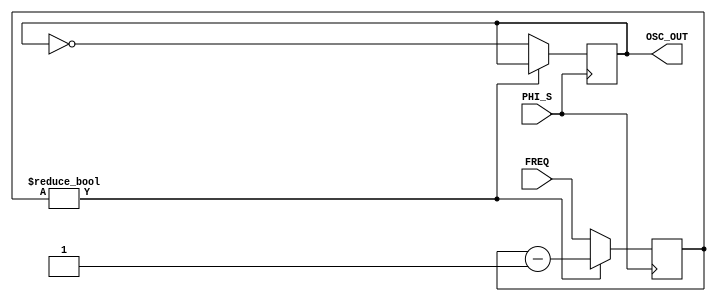
// This program was cloned from: https://github.com/neogeodev/NeoGeoFPGA-sim
// License: GNU General Public License v3.0

// NeoGeo logic definition (simulation only)
// Copyright (C) 2018 Sean Gonsalves
//
// This program is free software: you can redistribute it and/or modify
// it under the terms of the GNU General Public License as published by
// the Free Software Foundation, either version 3 of the License, or
// (at your option) any later version.
//
// This program is distributed in the hope that it will be useful,
// but WITHOUT ANY WARRANTY; without even the implied warranty of
// MERCHANTABILITY or FITNESS FOR A PARTICULAR PURPOSE.  See the
// GNU General Public License for more details.
//
// You should have received a copy of the GNU General Public License
// along with this program.  If not, see <https://www.gnu.org/licenses/>.

`timescale 1ns/1ns

module ssg_ch(
	input PHI_S,
	input [11:0] FREQ,
	output reg OSC_OUT
	);
	
	reg [11:0] CNT;
	
	always @(posedge PHI_S)		// ?
	begin
		if (CNT)
			CNT <= CNT - 1'b1;
		else
		begin
			CNT <= FREQ;
			OSC_OUT <= ~OSC_OUT;
		end
	end
	
endmodule